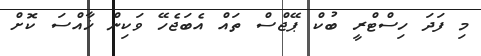
މި ފަދަ ހިސްޓްރީ ބުކް ޕޭޖްސް ތައް އެބަޖެހޭ ވަކިން ޚާއްސަ ކޮށް